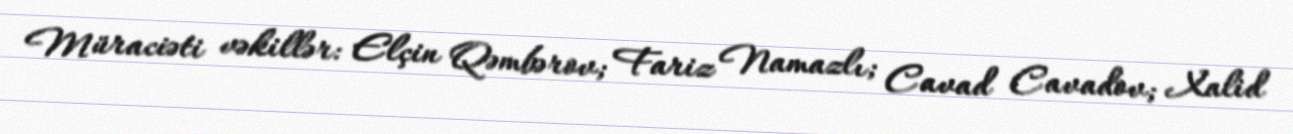
Müraciəti vəkillər: Elçin Qəmbərov; Fariz Namazlı; Cavad Cavadov; Xalid